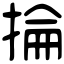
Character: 掄